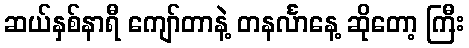
ဆယ်နှစ်နာရီ ကျော်တာနဲ့ တနင်္လာနေ့ ဆိုတော့ ကြီး